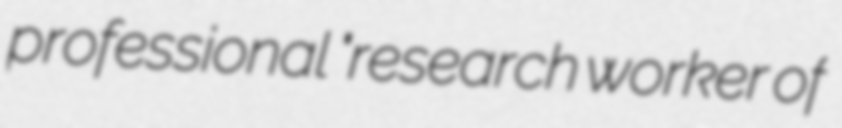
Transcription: professional "research worker of